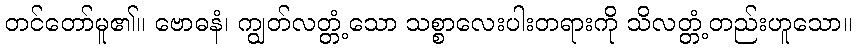
တင်တော်မူ၏။ ဗောဓနံ၊ ကျွတ်လတ္တံ့သော သစ္စာလေးပါးတရားကို သိလတ္တံ့တည်းဟူသော။